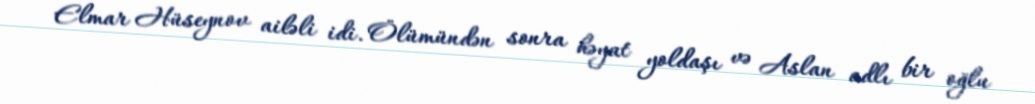
Elmar Hüseynov ailəli idi. Ölümündən sonra həyat yoldaşı və Aslan adlı bir oğlu